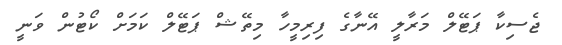
ޖެސިކާ ޕަޓޭލް މަރާލީ އޭނާގެ ފިރިމީހާ މިތޭޝް ޕަޓޭލް ކަމަށް ކޯޓުން ވަނީ